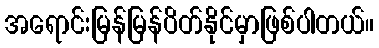
အရောင်းမြန်မြန်ပိတ်နိုင်မှာဖြစ်ပါတယ်။